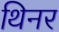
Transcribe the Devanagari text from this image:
थिनर